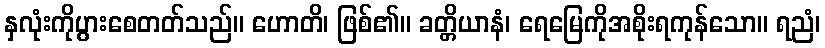
နှလုံးကိုပွားစေတတ်သည်။ ဟောတိ၊ ဖြစ်၏။ ခတ္တိယာနံ၊ ရေမြေကိုအစိုးရကုန်သော။ ရညံ၊